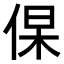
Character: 𬾛